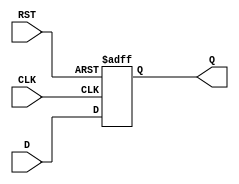
module IntermediateRegister (
    input wire [N-1:0] D,      // Data Input
    input wire CLK,            // Clock Input
    input wire RST,            // Asynchronous Reset
    output reg [N-1:0] Q       // Data Output
);
    parameter N = 8;           // Parameter for the width of the register (default is 8 bits)

    // Asynchronous reset and synchronous data capture
    always @(posedge CLK or posedge RST) begin
        if (RST) begin
            Q <= {N{1'b0}};     // Reset output to 0
        end else begin
            Q <= D;             // Capture input data on the rising edge of the clock
        end
    end
endmodule